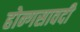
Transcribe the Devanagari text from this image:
होन्गसावदी